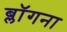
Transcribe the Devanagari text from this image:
ब्लॉगना